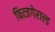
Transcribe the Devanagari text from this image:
फित्जगेराल्ड